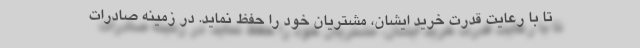
تا با رعایت قدرت خرید ایشان، مشتریان خود را حفظ نماید. در زمینه صادرات